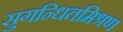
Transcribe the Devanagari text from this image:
सुगन्धितमिश्रण